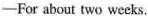
——For about two weeks.